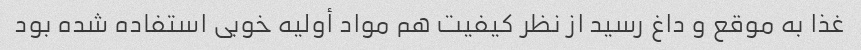
غذا به موقع و داغ رسید از نظر کیفیت هم مواد أولیه خوبی استفاده شده بود